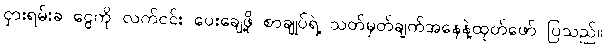
ငှားရမ်းခ ငွေကို လက်ငင်း ပေးချေဖို့ စာချုပ်ရဲ့ သတ်မှတ်ချက်အနေနဲ့ထုတ်ဖော် ပြသည်။